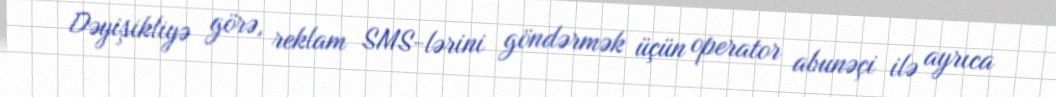
Dəyişikliyə görə, reklam SMS-lərini göndərmək üçün operator abunəçi ilə ayrıca